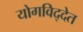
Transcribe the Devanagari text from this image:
योगविद्देत